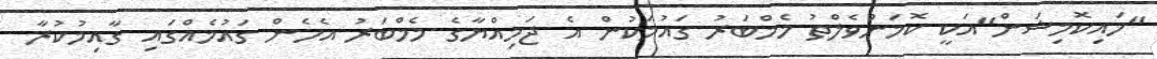
"ހައިކޮމިޝަން"އަކީ ކޮމަންވެލްތު މެމްބަރު ގައުމަކުން އެ ޖަމިއްޔާގެ މެމްބަރު އެހެން ގައުމެއްގައި ގާއިމުކުރާ